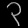
Digit: ၃